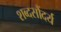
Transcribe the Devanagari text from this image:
शब्दसौंदर्य